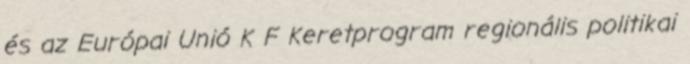
és az Európai Unió K F Keretprogram regionális politikai